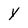
Character: Y